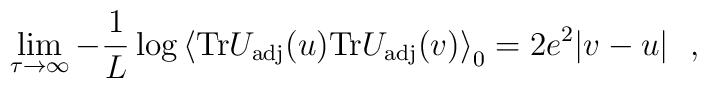
\lim_{\tau\to\infty} -\frac{1}{L} \log\left<{\rm Tr} U_{\rm adj}(u){\rm Tr} U_{\rm adj}(v)\right>_0=2 e^2 |v-u|\ \ ,